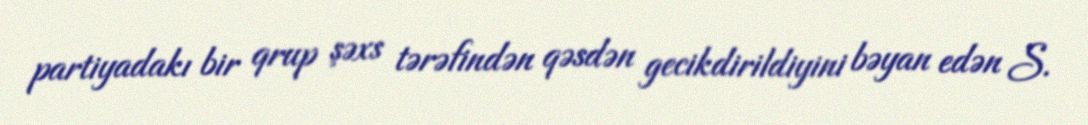
partiyadakı bir qrup şəxs tərəfindən qəsdən gecikdirildiyini bəyan edən S.